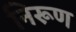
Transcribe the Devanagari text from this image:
निरूण